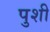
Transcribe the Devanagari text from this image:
पुशी